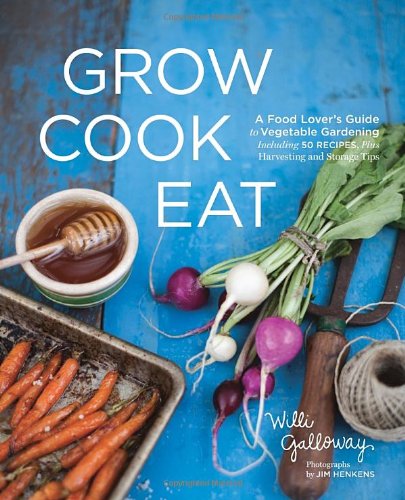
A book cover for Grow Cook Eat: A Food Lover's Guide to Vegetable Gardening, Including 50 Recipes, Plus Harvesting and Storage Tips; Willi Galloway; Cookbooks, Food & Wine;